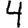
Digit: 4